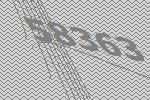
58363